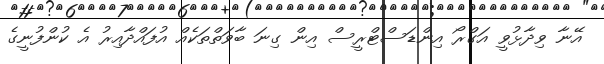
އޭނާ ވިދާޅުވީ އަގްރޯ އިންޑަސްޓްރީސް އިން ގިނަ ބާވަތްތަކެއް އުފައްދާއިރު އެ ކުންފުނީގެ